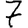
Digit: 7